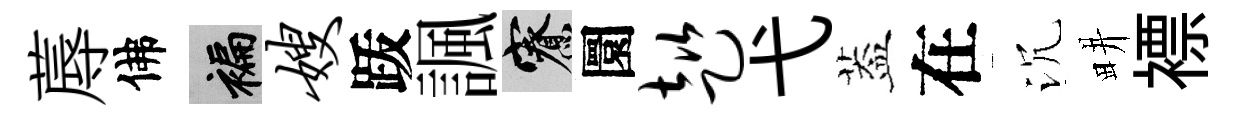
蓐佛褊嫂䟦諷寮圜趑弋葢在沉畊褾